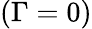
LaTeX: (\Gamma=0)